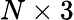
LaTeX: N\times 3